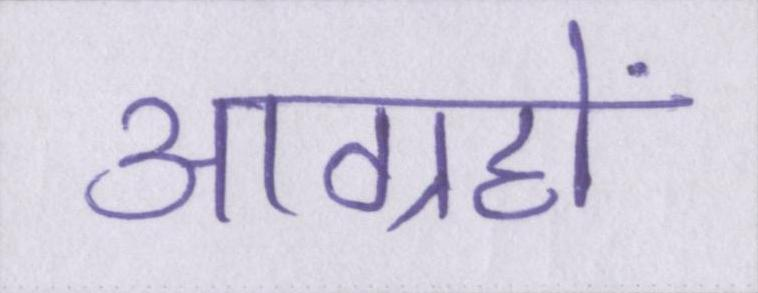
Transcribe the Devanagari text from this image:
आग्रहों